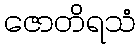
ဇောတိရသံ